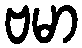
ဗမာ